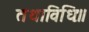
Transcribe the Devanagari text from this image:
तथाविधिः॥